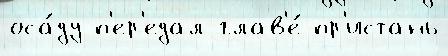
оса́ду п'ер'едал глав'е́ пр'истань